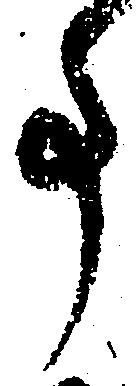
事